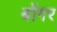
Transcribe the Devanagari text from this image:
बोंगर